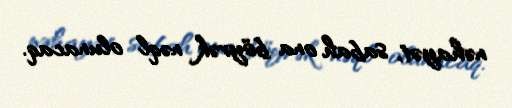
nəhayət, sabah ona böyrək nəql olunacaq.